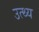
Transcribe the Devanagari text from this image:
उत्थ्य